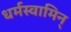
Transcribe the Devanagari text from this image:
धर्मस्वामिन्